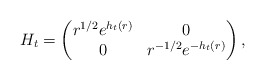
\begin{align*}H_t = \begin{pmatrix} r^{1/2} e^{h_t(r)} & 0 \\ 0 & r^{-1/2} e^{-h_t(r)} \end{pmatrix},\end{align*}